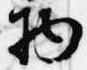
物